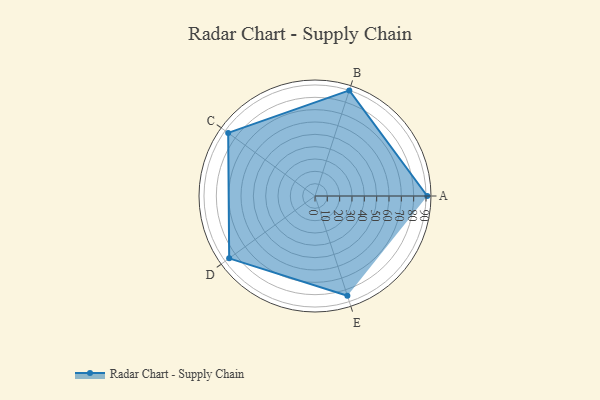
{"axis": {"x": "Skill", "y": "Score"}, "legend": ["Profile"], "data": [{"x": "A", "y": 91.0, "type": "Profile"}, {"x": "B", "y": 90.0, "type": "Profile"}, {"x": "C", "y": 87.0, "type": "Profile"}, {"x": "D", "y": 86.0, "type": "Profile"}, {"x": "E", "y": 85.0, "type": "Profile"}]}